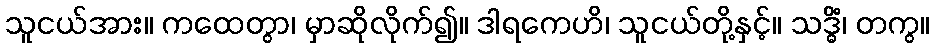
သူငယ်အား။ ကထေတွာ၊ မှာဆိုလိုက်၍။ ဒါရကေဟိ၊ သူငယ်တို့နှင့်။ သဒ္ဓိံ၊ တကွ။